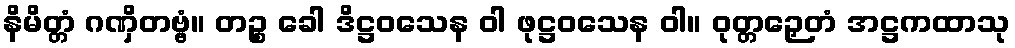
နိမိတ္တံ ဂဏှိတဗ္ဗံ။ တဉ္စ ခေါ ဒိဋ္ဌဝသေန ဝါ ဖုဋ္ဌဝသေန ဝါ။ ဝုတ္တဉှေတံ အဋ္ဌကထာသု